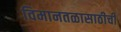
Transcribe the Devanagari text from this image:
विमानतळासाठीची